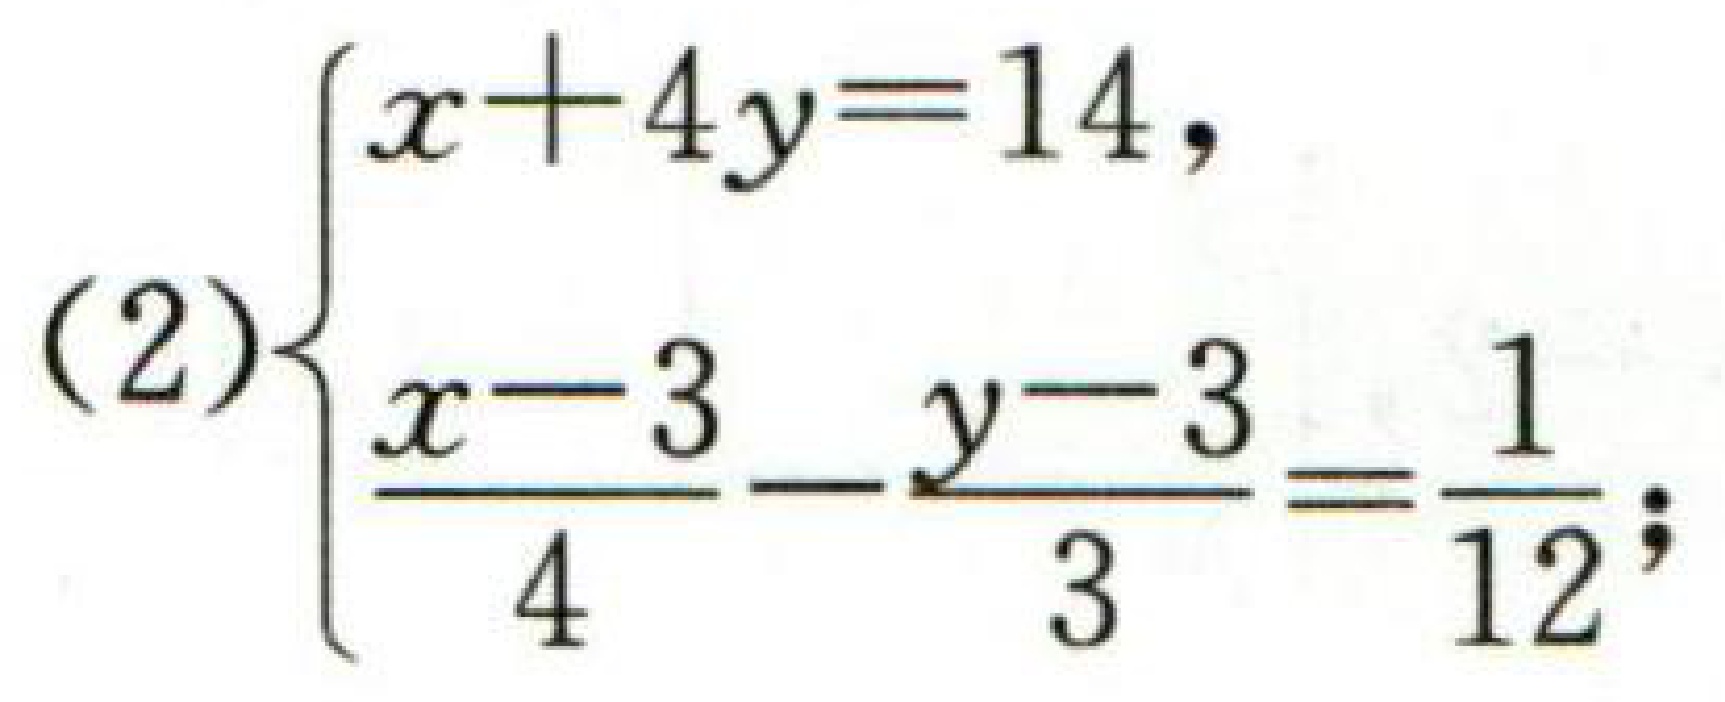
(2)$\begin{cases}

x + 4y = 14,\\

\dfrac{x - 3}{4}-\dfrac{y - 3}{3}=\dfrac{1}{12}

\end{cases}$